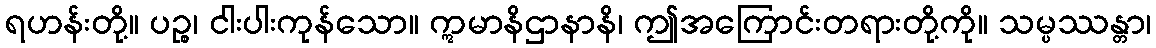
ရဟန်းတို့။ ပဉ္စ၊ ငါးပါးကုန်သော။ ဣမာနိဌာနာနိ၊ ဤအကြောင်းတရားတို့ကို။ သမ္ပဿန္တာ၊